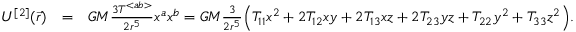
\begin{array} { r l r } { U ^ { [ 2 ] } ( \vec { r } ) } & { = } & { G M \frac { 3 { \cal T } ^ { < a b > } } { 2 r ^ { 5 } } x ^ { a } x ^ { b } = G M \frac { 3 } { 2 r ^ { 5 } } \Big ( { \cal T } _ { 1 1 } x ^ { 2 } + 2 { \cal T } _ { 1 2 } x y + 2 { \cal T } _ { 1 3 } x z + 2 { \cal T } _ { 2 3 } y z + { \cal T } _ { 2 2 } y ^ { 2 } + { \cal T } _ { 3 3 } z ^ { 2 } \Big ) . ~ ~ ~ } \end{array}